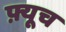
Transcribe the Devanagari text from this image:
फ़्यूच